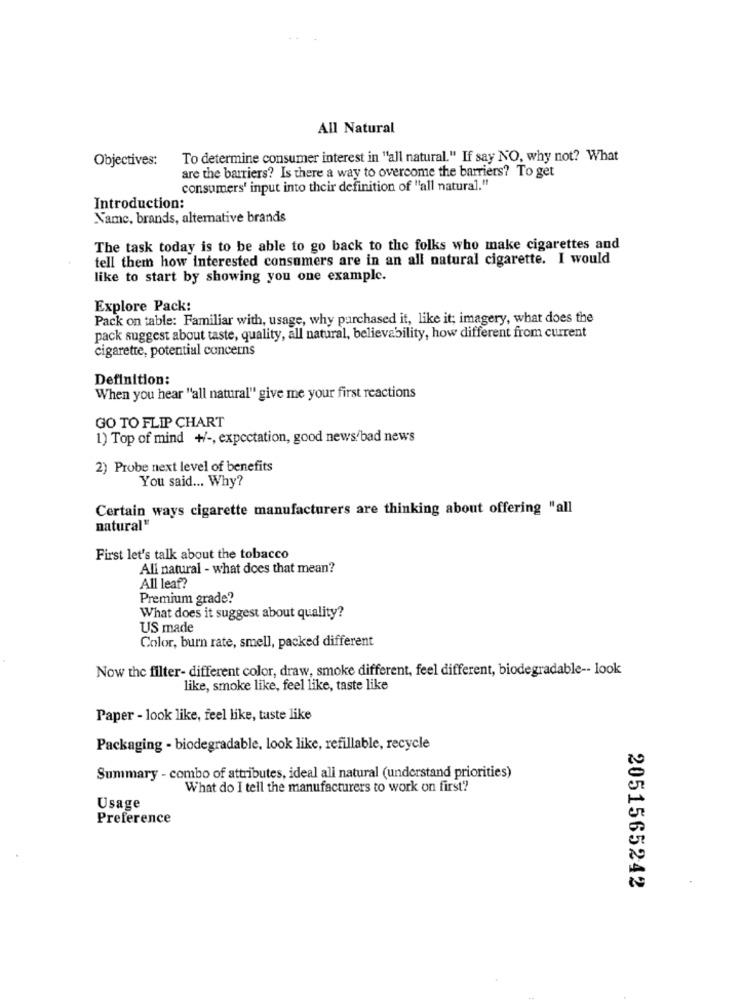
All Natural
Objectives:
To determine consumer interest in "'all natural." If say NO, why not? What
are the barriers? Is there a way to overcome the barriers? To get
consumers' input into their definition of "all natural."
Introduction:
Name, brands, alternative brands
The task today is to be able to go back to the folks who make cigarettes and
tell them how interested consumers are in an all natural cigarette. I would
like to start by showing you one example.
Explore Pack:
Pack on table: Familiar with, usage, why purchased it, like it; imagery, what does the
pack suggest about taste, quality, all natural, believability, how different from current
cigarette, potential concerns
Definition:
When you hear "all natural" give me your first reactions
GO TO FLIP CHART
1) Top of mind +/ -, expectation, good news/bad news
2) Probe next level of benefits
You said ... Why?
Certain ways cigarette manufacturers are thinking about offering "all
natural"
First let's talk about the tobacco
All natural - what does that mean?
All leaf?
Premium grade?
What does it suggest about quality?
US made
Color, burn rate, smell, packed different
Now the filter- different color, draw, smoke different, feel different, biodegradable -- look
like, smoke like, feel like, taste like
Paper - look like, feel like, taste like
Packaging - biodegradable, look like, refillable, recycle
Summary - combo of attributes, ideal all natural (understand priorities)
What do I tell the manufacturers to work on first'?
Usage
Preference
2051565242